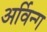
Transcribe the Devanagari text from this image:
अर्विन्ग